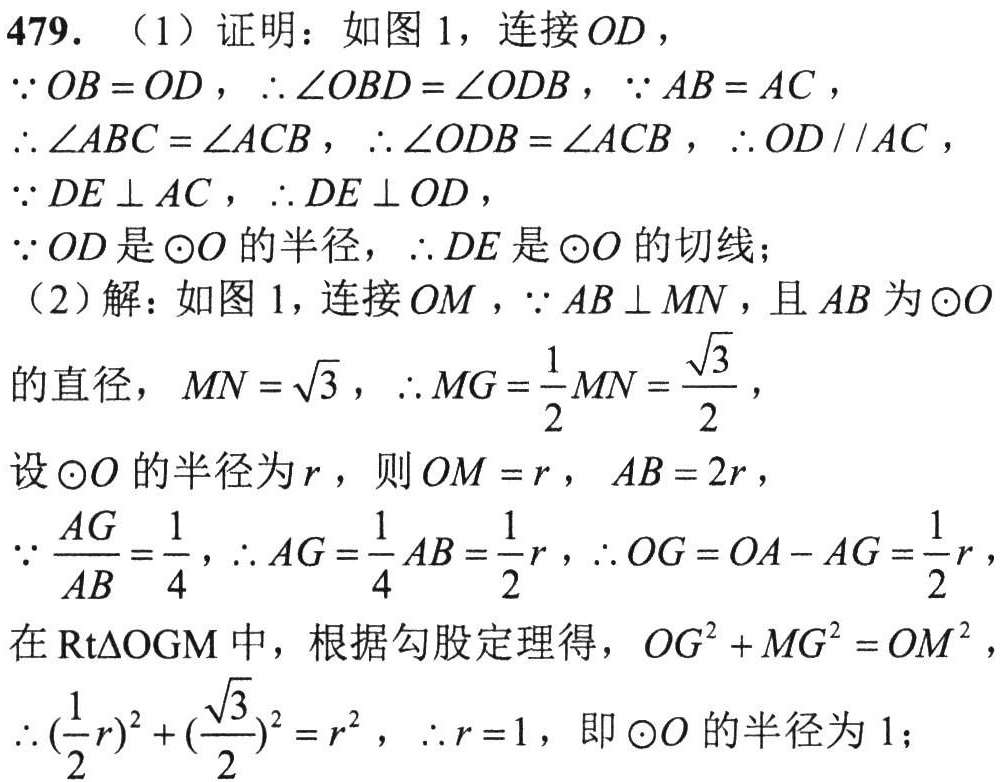
479. （1）证明：如图1，连接 \(OD\)，
\(\because OB = OD\)，\(\therefore \angle OBD=\angle ODB\)，\(\because AB = AC\)，
\(\therefore \angle ABC=\angle ACB\)，\(\therefore \angle ODB=\angle ACB\)，\(\therefore OD\parallel AC\)，
\(\because DE\perp AC\)，\(\therefore DE\perp OD\)，
\(\because OD\)是\(\odot O\)的半径，\(\therefore DE\)是\(\odot O\)的切线；
（2）解：如图1，连接 \(OM\)，\(\because AB\perp MN\)，且 \(AB\)为\(\odot O\)
的直径，\(MN = \sqrt{3}\)，\(\therefore MG=\frac{1}{2}MN=\frac{\sqrt{3}}{2}\)，
设\(\odot O\)的半径为\(r\)，则 \(OM = r\)，\(AB = 2r\)，
\(\because \frac{AG}{AB}=\frac{1}{4}\)，\(\therefore AG=\frac{1}{4}AB=\frac{1}{2}r\)，\(\therefore OG = OA - AG=\frac{1}{2}r\)，
在\(\text{Rt}\triangle OGM\)中，根据勾股定理得，\(OG^{2}+MG^{2}=OM^{2}\)，
\(\therefore (\frac{1}{2}r)^{2}+(\frac{\sqrt{3}}{2})^{2}=r^{2}\)，\(\therefore r = 1\)，即\(\odot O\)的半径为\(1\)；